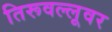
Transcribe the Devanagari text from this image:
तिरूवल्लूवर